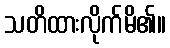
သတိထားလိုက်မိ၏။